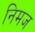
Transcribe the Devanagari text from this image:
निमज